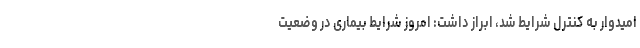
امیدوار به کنترل شرایط شد، ابراز داشت: امروز شرایط بیماری در وضعیت